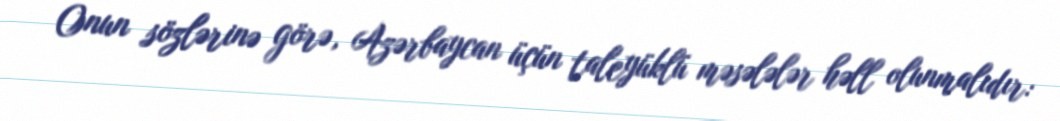
Onun sözlərinə görə, Azərbaycan üçün taleyüklü məsələlər həll olunmalıdır: